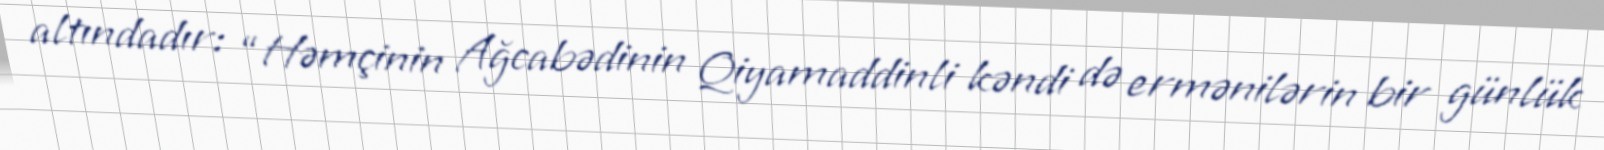
altındadır: “Həmçinin Ağcabədinin Qiyamaddinli kəndi də ermənilərin bir günlük